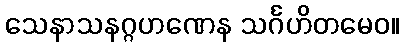
သေနာသနဂ္ဂဟဏေန သင်္ဂဟိတမေဝ။